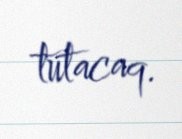
tutacaq.